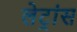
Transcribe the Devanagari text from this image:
लेट्रांस